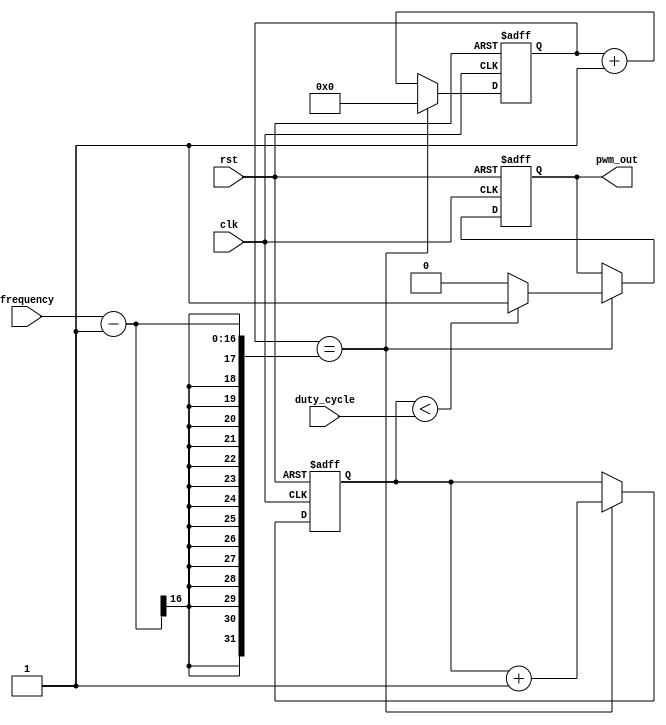
module PWM_Pulse_Generator (
   input wire clk,
   input wire rst,
   input wire [7:0] duty_cycle,
   input wire [15:0] frequency,
   output reg pwm_out
);

reg [15:0] counter = 0;
reg [7:0] duty_count = 0;

always @(posedge clk or posedge rst) begin
    if (rst) begin
        counter <= 0;
        duty_count <= 0;
        pwm_out <= 0;
    end
    else begin
        if (counter == frequency - 1) begin
            counter <= 0;
            duty_count <= duty_count + 1;
            if (duty_count < duty_cycle) begin
                pwm_out <= 1;
            end
            else begin
                pwm_out <= 0;
            end
        end
        else begin
            counter <= counter + 1;
        end
    end
end

endmodule